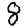
Digit: 8